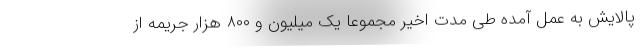
پالایش به عمل آمده طی مدت اخیر مجموعا یک میلیون و ۸۰۰ هزار جریمه از